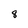
Character: 8